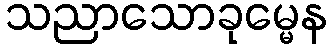
သညာသောခုမ္မေန